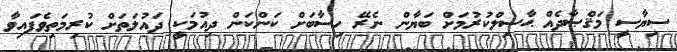
ސިޔާސީ މަޤްޞާދެއް ޙާސިލްކުރުމަށް ބަޔާން ނެރޭ ހިސާބަށް ކަންކަން ދިއުމަކީ ދައުލަތަށް ކުރިމަތިވެފައިވާ